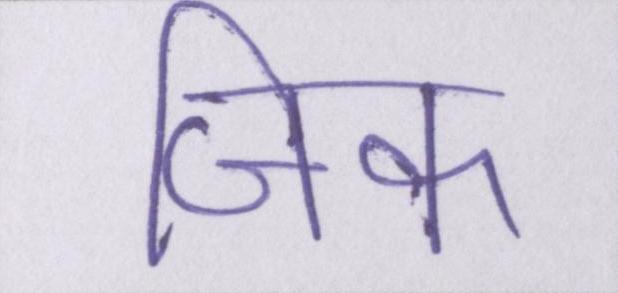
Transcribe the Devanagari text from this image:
जिक्र